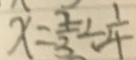
x = \frac { 2 } { 3 } \div \frac { 1 } { 4 }